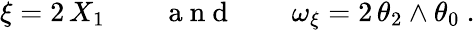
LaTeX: \begin{array}{r}{\xi=2\, X_{1}\qquad\mathrm{~a~n~d~}\qquad\omega_{\xi}=2\, \theta_{2}\wedge\theta_{0}\ .}\end{array}